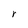
Character: r